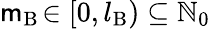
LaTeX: \mathsf{m}_{\mathrm{{B}}}\! \in[0,l_{\mathrm{{B}}})\subseteq\mathbb{{N}}_{0}